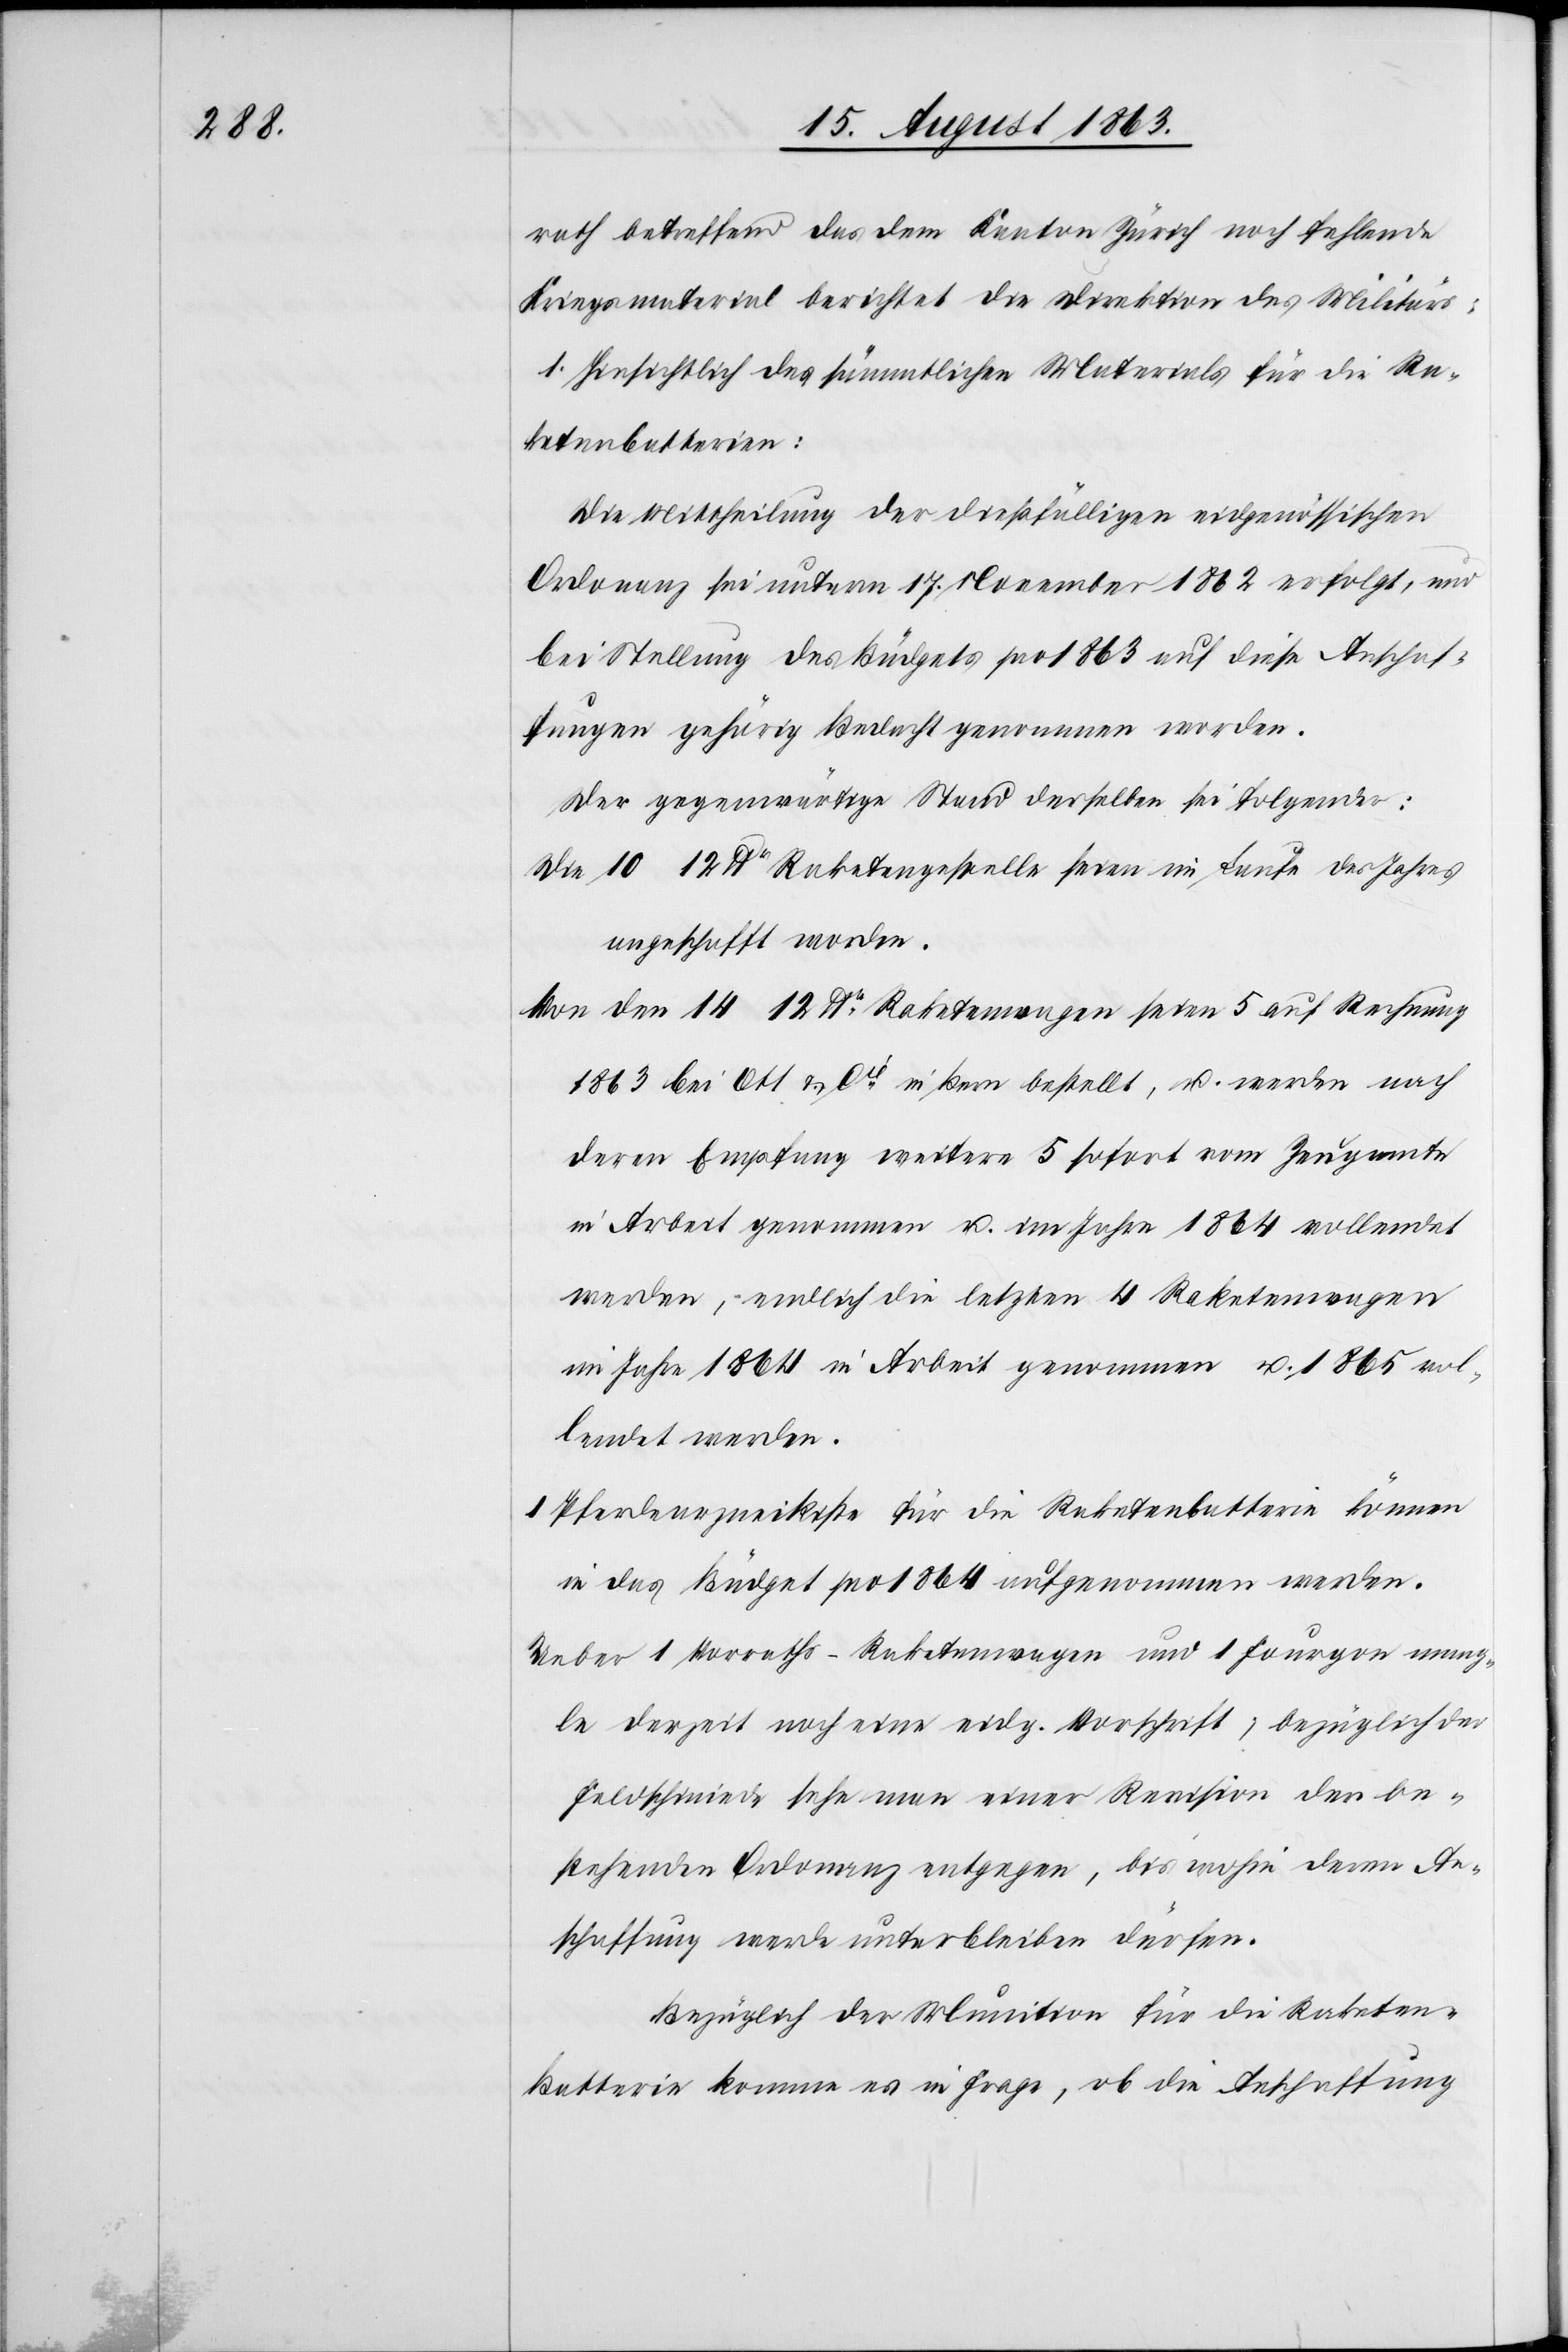
rath betreffend das dem Kanton Zürich noch fehlende
Kriegsmaterial berichtet die Direktion des Militärs:
1. Hinsichtlich des sämmtlichen Materials für die Ra¬
ketenbatterien:
Die Mittheilung der dießfälligen eidgenössischen
Ordonanz sei unterm 17. November 1862 erfolgt, und
bei Stellung des Büdgets pro 1863 auf diese Anschaf¬
fungen gehörig Bedacht genommen worden.
Der gegenwärtige Stand derselben sei folgender:
Die 10 12 lbr Raketengestelle seien im Laufe des Jahres
angeschafft worden.
Von den 14 12 lbr Raketenmengen seien 5 auf Rechnung
1863 bei Ott & Cie in Bern bestellt, u. werden nach
deren Empfang weitere 5 sofort vom Zeugamte
in Arbeit genommen u. im Jahre 1864 vollendet
werden, endlich die letzten 4 Raketenwagen
im Jahre 1864 in Arbeit genommen u. 1865 vol¬
lendet werden.
1 Pferdearzneikiste für die Raketenbatterie können
in das Büdget pro 1864 aufgenommen werden.
Ueber 1 Vorraths-Raketenwagen und 1 Fourgon mang¬
le derzeit noch eine eidg. Vorschrift; bezüglich der
Feldschmiede sehe man einer Revision der be¬
stehenden Ordonanz entgegen, bis wohin deren An¬
schaffung werde unterbleiben dürfen.
Bezüglich der Munition für die Raketen-B¬
atterie komme es in Frage, ob die Anschaffung